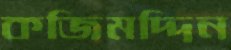
কজিমদ্দিন